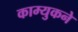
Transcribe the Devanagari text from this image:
काम्युकने